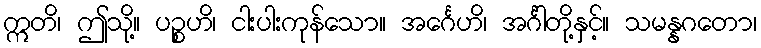
ဣတိ၊ ဤသို့။ ပဉ္စဟိ၊ ငါးပါးကုန်သော။ အင်္ဂေဟိ၊ အင်္ဂါတို့နှင့်။ သမန္နဂတော၊